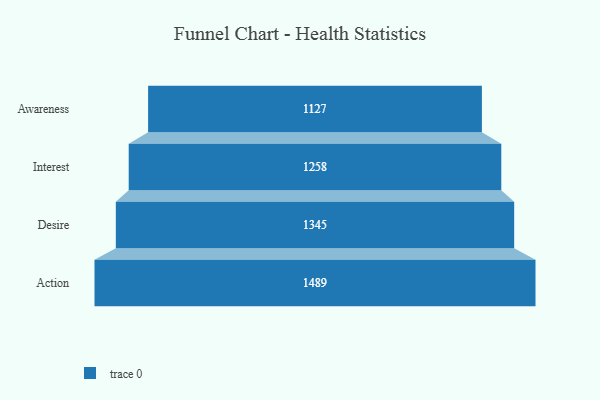
{"axis": {"x": "Stage", "y": "Value"}, "legend": [""], "data": [{"x": "Awareness", "y": 1127.0, "type": ""}, {"x": "Interest", "y": 1258.0, "type": ""}, {"x": "Desire", "y": 1345.0, "type": ""}, {"x": "Action", "y": 1489.0, "type": ""}]}